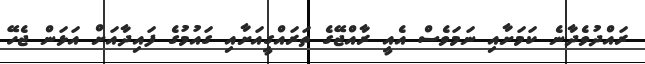
ރައްދުވެދާނެ ކަމަށާއި ނަމަވެސް އެއީ ރާއްޖޭގެ ތަރައްގީއަށާއި ގައުމުގެ ފައިދާއަށް އަޅަން ޖެހޭ